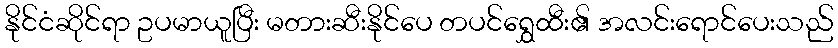
နိုင်ငံဆိုင်ရာ ဥပမာယူပြီး မတားဆီးနိုင်ပေ တပင်ရွှေထီး၏ အလင်းရောင်ပေးသည်